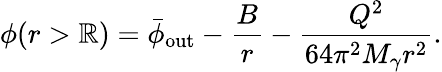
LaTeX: \phi(r>\mathbb{R})=\bar{{\phi}}_{\mathrm{{out}}}-\frac{{B}}{{r}}-\frac{{Q^{2}}}{{64\pi^{2}M_{\gamma}r^{2}}}.